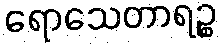
ရောသေတာရဉ္စ